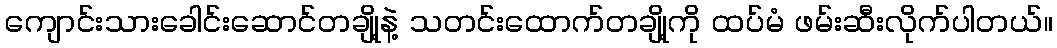
ကျောင်းသားခေါင်းဆောင်တချို့နဲ့ သတင်းထောက်တချို့ကို ထပ်မံ ဖမ်းဆီးလိုက်ပါတယ်။